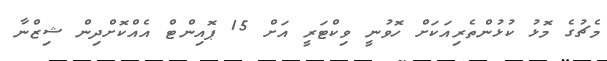
މެޗުގެ މޮޅު ކުޅުންތެރިއަކަށް ހޮވުނީ ވިކްޓަރީ އަށް 15 ޕޮއިންޓް އެއްކޮށްދިން ޝިޒްނާ